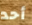
أحد